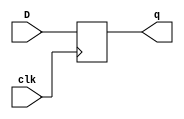
module dff(D,clk,q);
input D,clk;
output q;
reg q;
initial q<=0;
always @ (posedge clk)
 begin
  q<=D;
 end
endmodule

module s382(GND,VDD,CK,CLR,FM,GRN1,GRN2,RED1,RED2,TEST,YLW1,YLW2);
input GND,VDD,CK,FM,TEST,CLR;
output GRN1,GRN2,RED1,YLW2,RED2,YLW1;

  wire TESTL,TESTLVIINLATCHVCDAD,FML,FMLVIINLATCHVCDAD,OLATCH_Y2L,TCOMB_YA2,
    OLATCHVUC_6,Y1C,OLATCHVUC_5,R2C,OLATCH_R1L,TCOMB_RA1,OLATCH_G2L,TCOMB_GA2,
    OLATCH_G1L,TCOMB_GA1,OLATCH_FEL,TCOMB_FE_BF,C3_Q3,C3_Q3VD,C3_Q2,C3_Q2VD,
    C3_Q1,C3_Q1VD,C3_Q0,C3_Q0VD,UC_16,UC_16VD,UC_17,UC_17VD,UC_18,UC_18VD,
    UC_19,UC_19VD,UC_8,UC_8VD,UC_9,UC_9VD,UC_10,UC_10VD,UC_11,UC_11VD,
    TESTLVIINLATCHN,FMLVIINLATCHN,OLATCH_Y1L,OLATCH_R2L,UC_23,UC_24,UC_25,
    UC_26,UC_20,C2_QN2,UC_21,UC_22,UC_12,UC_13,UC_14,UC_15,FMBVIIR1,CLRBVIIR1,
    TCOMBVNFM,TESTBVIIR1,TCOMBVNQA,TCOMBVNQB,TCOMBVNQC,TCOMBVNQD,UC_11VUC_0,
    OUTBUFVBUFG1VIIR1,OUTBUFVBUFG2VIIR1,TCOMBVNFEL,OUTBUFVBUFR1VIIR1,
    OUTBUFVBUFY2VIIR1,FMB,CLRB,TESTB,UC_11VZ,C1VCO0,OUTBUFVBUFR2VIIR1,
    OUTBUFVBUFY1VIIR1,FMLVIINMUXVIIR1,TESTLVIINLATCHVCDN,FMLVIINLATCHVCDN,
    TCOMBVNCLR,TESTLVIINMUXVIIR1,C2VIINHN,CTST,UC_8VZ,UC_8VZVOR1NF,CO2,C2_CO,
    FMLVIINMUX,FMLVIINMUXVND1,TESTLVIINMUX,TESTLVIINMUXVND1,II84,TCOMB_FE,FEN,
    UC_16VZ,UC_16VZVOR1NF,C3VIINHN,C3_Q3VZ,C3_Q3VZVOR1NF,TCOMB_GA1VAD1NF,
    TCOMBVNODE6,TCOMB_GA2VAD4NF,TCOMB_GA2VAD3NF,TCOMB_GA2VAD2NF,
    TCOMB_GA2VAD1NF,R2CVAD1NF,Y1CVAD1NF,TCOMB_YA1,Y1CVAD2NF,R2CVAD2NF,
    TCOMB_RA2,TCOMB_RA1VOR2NF,TCOMBVNODE8VOR1NF,TCOMB_RA1VOR1NF,
    TCOMBVNODE8VOR2NF,FMLVIINMUXVOR1NF,TCOMB_RA2VOR3NF,TCOMB_RA2VOR1NF,
    TCOMBVNODE4VOR2NF,TCOMBVNODE4VOR1NF,TESTLVIINMUXVOR1NF,TCOMBVNODE16VOR1NF,
    TCOMBVNODE18,C1VCO2,UC_9VZVOR1NF,C1VCO1,UC_10VZVOR1NF,FMLVIINMUXVOR2NF,
    TESTLVIINMUXVOR2NF,C2VCO2,UC_17VZVOR1NF,C2VCO1,UC_18VZVOR1NF,C2VCO0,
    UC_19VZVOR1NF,C3VCO2,C3_Q2VZVOR1NF,C3VCO1,C3_Q1VZVOR1NF,C3VCO0,
    C3_Q0VZVOR1NF,UC_9VUC_0,UC_10VUC_0,TCOMBVNODE4,TCOMBVNODE14,TCOMBVNODE15,
    TCOMBVNODE12,TCOMBVNODE8,TCOMBVNODE16,TCOMBVNODE19,UC_9VZ,UC_10VZ,
    TCOMBVNODE3,UC_17VUC_0,UC_18VUC_0,UC_19VUC_0,UC_17VZ,UC_18VZ,UC_19VZ,
    C3_Q2VUC_0,C3_Q1VUC_0,C3_Q0VUC_0,C3_Q2VZ,C3_Q1VZ,C3_Q0VZ,C3VCIIA,C1VCIIA,
    C2VCIIA,C1_CO,UC_27;

  dff DFF_0(CK,TESTL,TESTLVIINLATCHVCDAD);
  dff DFF_1(CK,FML,FMLVIINLATCHVCDAD);
  dff DFF_2(CK,OLATCH_Y2L,TCOMB_YA2);
  dff DFF_3(CK,OLATCHVUC_6,Y1C);
  dff DFF_4(CK,OLATCHVUC_5,R2C);
  dff DFF_5(CK,OLATCH_R1L,TCOMB_RA1);
  dff DFF_6(CK,OLATCH_G2L,TCOMB_GA2);
  dff DFF_7(CK,OLATCH_G1L,TCOMB_GA1);
  dff DFF_8(CK,OLATCH_FEL,TCOMB_FE_BF);
  dff DFF_9(CK,C3_Q3,C3_Q3VD);
  dff DFF_10(CK,C3_Q2,C3_Q2VD);
  dff DFF_11(CK,C3_Q1,C3_Q1VD);
  dff DFF_12(CK,C3_Q0,C3_Q0VD);
  dff DFF_13(CK,UC_16,UC_16VD);
  dff DFF_14(CK,UC_17,UC_17VD);
  dff DFF_15(CK,UC_18,UC_18VD);
  dff DFF_16(CK,UC_19,UC_19VD);
  dff DFF_17(CK,UC_8,UC_8VD);
  dff DFF_18(CK,UC_9,UC_9VD);
  dff DFF_19(CK,UC_10,UC_10VD);
  dff DFF_20(CK,UC_11,UC_11VD);
  not NOT_0(TESTLVIINLATCHN,TESTL);
  not NOT_1(FMLVIINLATCHN,FML);
  not NOT_2(OLATCH_Y1L,OLATCHVUC_6);
  not NOT_3(OLATCH_R2L,OLATCHVUC_5);
  not NOT_4(UC_23,C3_Q3);
  not NOT_5(UC_24,C3_Q2);
  not NOT_6(UC_25,C3_Q1);
  not NOT_7(UC_26,C3_Q0);
  not NOT_8(UC_20,UC_16);
  not NOT_9(C2_QN2,UC_17);
  not NOT_10(UC_21,UC_18);
  not NOT_11(UC_22,UC_19);
  not NOT_12(UC_12,UC_8);
  not NOT_13(UC_13,UC_9);
  not NOT_14(UC_14,UC_10);
  not NOT_15(UC_15,UC_11);
  not NOT_16(FMBVIIR1,FM);
  not NOT_17(CLRBVIIR1,CLR);
  not NOT_18(TCOMBVNFM,FML);
  not NOT_19(TESTBVIIR1,TEST);
  not NOT_20(TCOMBVNQA,C3_Q0);
  not NOT_21(TCOMBVNQB,C3_Q1);
  not NOT_22(TCOMBVNQC,C3_Q2);
  not NOT_23(TCOMBVNQD,C3_Q3);
  not NOT_24(UC_11VUC_0,UC_11);
  not NOT_25(OUTBUFVBUFG1VIIR1,OLATCH_G1L);
  not NOT_26(OUTBUFVBUFG2VIIR1,OLATCH_G2L);
  not NOT_27(TCOMBVNFEL,OLATCH_FEL);
  not NOT_28(OUTBUFVBUFR1VIIR1,OLATCH_R1L);
  not NOT_29(OUTBUFVBUFY2VIIR1,OLATCH_Y2L);
  not NOT_30(FMB,FMBVIIR1);
  not NOT_31(CLRB,CLRBVIIR1);
  not NOT_32(TESTB,TESTBVIIR1);
  not NOT_33(UC_11VZ,UC_11VUC_0);
  not NOT_34(C1VCO0,UC_15);
  not NOT_35(GRN1,OUTBUFVBUFG1VIIR1);
  not NOT_36(GRN2,OUTBUFVBUFG2VIIR1);
  not NOT_37(RED1,OUTBUFVBUFR1VIIR1);
  not NOT_38(YLW2,OUTBUFVBUFY2VIIR1);
  not NOT_39(OUTBUFVBUFR2VIIR1,OLATCH_R2L);
  not NOT_40(OUTBUFVBUFY1VIIR1,OLATCH_Y1L);
  not NOT_41(FMLVIINMUXVIIR1,FMB);
  not NOT_42(TESTLVIINLATCHVCDN,CLRB);
  not NOT_43(FMLVIINLATCHVCDN,CLRB);
  not NOT_44(TCOMBVNCLR,CLRB);
  not NOT_45(TESTLVIINMUXVIIR1,TESTB);
  not NOT_46(RED2,OUTBUFVBUFR2VIIR1);
  not NOT_47(YLW1,OUTBUFVBUFY1VIIR1);
  not NOT_48(C2VIINHN,CTST);
  not NOT_49(UC_8VZ,UC_8VZVOR1NF);
  not NOT_50(CO2,C2_CO);
  not NOT_51(FMLVIINMUX,FMLVIINMUXVND1);
  not NOT_52(TESTLVIINMUX,TESTLVIINMUXVND1);
  not NOT_53(II84,TCOMB_FE);
  not NOT_54(FEN,TCOMB_FE);
  not NOT_55(UC_16VZ,UC_16VZVOR1NF);
  not NOT_56(C3VIINHN,CO2);
  not NOT_57(TCOMB_FE_BF,II84);
  not NOT_58(C3_Q3VZ,C3_Q3VZVOR1NF);
  and AND2_0(TCOMB_GA1VAD1NF,TCOMBVNODE6,OLATCH_FEL);
  and AND2_1(TCOMB_GA2VAD4NF,OLATCH_FEL,TCOMBVNCLR);
  and AND2_2(TCOMB_GA2VAD3NF,C3_Q2,TCOMBVNCLR);
  and AND3_0(TCOMB_GA2VAD2NF,C3_Q0,C3_Q1,TCOMBVNCLR);
  and AND3_1(TCOMB_GA2VAD1NF,TCOMBVNQA,C3_Q3,TCOMBVNCLR);
  and AND2_3(R2CVAD1NF,TCOMB_FE,C2_QN2);
  and AND2_4(FMLVIINLATCHVCDAD,FMLVIINLATCHVCDN,FMLVIINMUX);
  and AND2_5(Y1CVAD1NF,TCOMB_YA1,C2_QN2);
  and AND2_6(TESTLVIINLATCHVCDAD,TESTLVIINLATCHVCDN,TESTLVIINMUX);
  and AND2_7(Y1CVAD2NF,FEN,TCOMB_YA1);
  and AND2_8(R2CVAD2NF,FEN,TCOMB_RA2);
  or OR3_0(TCOMB_RA1VOR2NF,C3_Q2,C3_Q3,OLATCH_FEL);
  or OR3_1(TCOMBVNODE8VOR1NF,C3_Q0,C3_Q1,TCOMBVNFM);
  or OR4_0(TCOMB_RA1VOR1NF,TCOMBVNQA,C3_Q1,C3_Q2,OLATCH_FEL);
  or OR2_0(TCOMBVNODE8VOR2NF,TCOMBVNQD,TCOMBVNFM);
  or OR2_1(FMLVIINMUXVOR1NF,FMB,FML);
  or OR2_2(TCOMB_RA2VOR3NF,TCOMBVNQC,CLRB);
  or OR4_1(TCOMB_RA2VOR1NF,C3_Q0,C3_Q1,TCOMBVNQD,CLRB);
  or OR3_2(TCOMBVNODE4VOR2NF,C3_Q2,TCOMBVNQD,CLRB);
  or OR4_2(TCOMBVNODE4VOR1NF,TCOMBVNQC,C3_Q3,TCOMBVNFM,CLRB);
  or OR2_3(TESTLVIINMUXVOR1NF,TESTB,TESTL);
  or OR4_3(TCOMBVNODE16VOR1NF,TCOMBVNODE18,FML,C3_Q3,TCOMBVNQC);
  or OR2_4(UC_8VZVOR1NF,C1VCO2,UC_8);
  or OR2_5(UC_9VZVOR1NF,C1VCO1,UC_9);
  or OR2_6(UC_10VZVOR1NF,C1VCO0,UC_10);
  or OR2_7(FMLVIINMUXVOR2NF,FMLVIINMUXVIIR1,FMLVIINLATCHN);
  or OR2_8(TESTLVIINMUXVOR2NF,TESTLVIINMUXVIIR1,TESTLVIINLATCHN);
  or OR2_9(UC_16VZVOR1NF,C2VCO2,UC_16);
  or OR2_10(UC_17VZVOR1NF,C2VCO1,UC_17);
  or OR2_11(UC_18VZVOR1NF,C2VCO0,UC_18);
  or OR2_12(UC_19VZVOR1NF,C2VIINHN,UC_19);
  or OR2_13(C3_Q3VZVOR1NF,C3VCO2,C3_Q3);
  or OR2_14(C3_Q2VZVOR1NF,C3VCO1,C3_Q2);
  or OR2_15(C3_Q1VZVOR1NF,C3VCO0,C3_Q1);
  or OR2_16(C3_Q0VZVOR1NF,C3VIINHN,C3_Q0);
  nand NAND2_0(TCOMBVNODE18,TCOMBVNQB,C3_Q0);
  nand NAND4_0(TCOMBVNODE6,TCOMBVNFM,TCOMBVNQD,TCOMBVNQB,C3_Q0);
  nand NAND2_1(UC_9VUC_0,C1VCO1,UC_9);
  nand NAND2_2(UC_10VUC_0,C1VCO0,UC_10);
  nand NAND2_3(TCOMB_RA2,TCOMB_RA2VOR3NF,TCOMB_RA2VOR1NF);
  nand NAND2_4(TCOMBVNODE4,TCOMBVNODE4VOR2NF,TCOMBVNODE4VOR1NF);
  nand NAND2_5(TCOMBVNODE14,TCOMBVNODE15,TCOMBVNQA);
  nand NAND4_1(TCOMBVNODE12,TCOMBVNCLR,TCOMBVNFEL,TCOMBVNQC,C3_Q1);
  nand NAND4_2(TCOMBVNODE8,TCOMBVNCLR,C3_Q2,TCOMBVNODE8VOR2NF,
    TCOMBVNODE8VOR1NF);
  nand NAND3_0(TCOMB_RA1,TCOMBVNCLR,TCOMB_RA1VOR2NF,TCOMB_RA1VOR1NF);
  nand NAND2_6(TCOMBVNODE16,TCOMBVNODE19,TCOMBVNODE16VOR1NF);
  nand NAND2_7(UC_9VZ,UC_9VZVOR1NF,UC_9VUC_0);
  nand NAND2_8(UC_10VZ,UC_10VZVOR1NF,UC_10VUC_0);
  nand NAND2_9(FMLVIINMUXVND1,FMLVIINMUXVOR2NF,FMLVIINMUXVOR1NF);
  nand NAND3_1(TCOMBVNODE3,TCOMBVNODE4,TCOMBVNQB,TCOMBVNQA);
  nand NAND2_10(TESTLVIINMUXVND1,TESTLVIINMUXVOR2NF,TESTLVIINMUXVOR1NF);
  nand NAND2_11(TCOMB_FE,TCOMBVNODE16,TCOMBVNODE14);
  nand NAND2_12(UC_17VUC_0,C2VCO1,UC_17);
  nand NAND2_13(UC_18VUC_0,C2VCO0,UC_18);
  nand NAND2_14(UC_19VUC_0,C2VIINHN,UC_19);
  nand NAND2_15(TCOMB_YA1,TCOMBVNODE16,TCOMBVNODE3);
  nand NAND2_16(UC_17VZ,UC_17VZVOR1NF,UC_17VUC_0);
  nand NAND2_17(UC_18VZ,UC_18VZVOR1NF,UC_18VUC_0);
  nand NAND2_18(UC_19VZ,UC_19VZVOR1NF,UC_19VUC_0);
  nand NAND2_19(C3_Q2VUC_0,C3VCO1,C3_Q2);
  nand NAND2_20(C3_Q1VUC_0,C3VCO0,C3_Q1);
  nand NAND2_21(C3_Q0VUC_0,C3VIINHN,C3_Q0);
  nand NAND2_22(C3_Q2VZ,C3_Q2VZVOR1NF,C3_Q2VUC_0);
  nand NAND2_23(C3_Q1VZ,C3_Q1VZVOR1NF,C3_Q1VUC_0);
  nand NAND2_24(C3_Q0VZ,C3_Q0VZVOR1NF,C3_Q0VUC_0);
  nor NOR3_0(C3VCIIA,C3_Q2,C3_Q1,C3_Q0);
  nor NOR3_1(C1VCIIA,UC_9,UC_10,UC_11);
  nor NOR3_2(C2VCIIA,UC_17,UC_18,UC_19);
  nor NOR2_0(C1_CO,C1VCIIA,UC_12);
  nor NOR3_3(C1VCO2,UC_13,UC_14,UC_15);
  nor NOR2_1(C1VCO1,UC_14,UC_15);
  nor NOR2_2(TCOMBVNODE19,CLRB,TCOMBVNFEL);
  nor NOR4_0(TCOMBVNODE15,CLRB,TCOMBVNFM,TCOMBVNQC,C3_Q1);
  nor NOR2_3(CTST,C1_CO,TESTL);
  nor NOR3_4(UC_11VD,CLRB,UC_11VZ,C1_CO);
  nor NOR4_1(C2VCO2,CTST,C2_QN2,UC_21,UC_22);
  nor NOR3_5(C2VCO1,CTST,UC_21,UC_22);
  nor NOR3_6(C2_CO,C2VCIIA,CTST,UC_20);
  nor NOR2_4(C2VCO0,CTST,UC_22);
  nor NOR4_2(TCOMB_GA2,TCOMB_GA2VAD4NF,TCOMB_GA2VAD3NF,TCOMB_GA2VAD2NF,
    TCOMB_GA2VAD1NF);
  nor NOR2_5(TCOMB_YA2,TCOMBVNODE12,TCOMBVNQA);
  nor NOR2_6(TCOMB_GA1,TCOMBVNODE8,TCOMB_GA1VAD1NF);
  nor NOR3_7(UC_8VD,CLRB,UC_8VZ,C1_CO);
  nor NOR3_8(UC_9VD,CLRB,UC_9VZ,C1_CO);
  nor NOR3_9(UC_10VD,CLRB,UC_10VZ,C1_CO);
  nor NOR4_3(C3VCO2,CO2,UC_24,UC_25,UC_26);
  nor NOR3_10(C3VCO1,CO2,UC_25,UC_26);
  nor NOR3_11(UC_27,C3VCIIA,CO2,UC_23);
  nor NOR2_7(C3VCO0,CO2,UC_26);
  nor NOR3_12(UC_16VD,CLRB,UC_16VZ,C2_CO);
  nor NOR3_13(UC_17VD,CLRB,UC_17VZ,C2_CO);
  nor NOR3_14(UC_18VD,CLRB,UC_18VZ,C2_CO);
  nor NOR3_15(UC_19VD,CLRB,UC_19VZ,C2_CO);
  nor NOR2_8(Y1C,Y1CVAD2NF,Y1CVAD1NF);
  nor NOR2_9(R2C,R2CVAD2NF,R2CVAD1NF);
  nor NOR3_16(C3_Q3VD,CLRB,C3_Q3VZ,UC_27);
  nor NOR3_17(C3_Q2VD,CLRB,C3_Q2VZ,UC_27);
  nor NOR3_18(C3_Q1VD,CLRB,C3_Q1VZ,UC_27);
  nor NOR3_19(C3_Q0VD,CLRB,C3_Q0VZ,UC_27);

endmodule